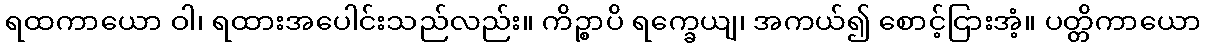
ရထကာယော ဝါ၊ ရထားအပေါင်းသည်လည်း။ ကိဉ္စာပိ ရက္ခေယျ၊ အကယ်၍ စောင့်ငြားအံ့။ ပတ္တိကာယော